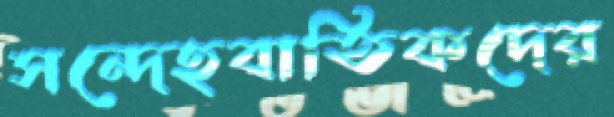
সন্দেহবাতিকদের